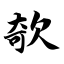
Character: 欹